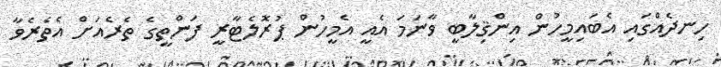
ހިނދެއްގައި އެބައިމީހުން އިންޤިލާބީ ވާނަމަ އެއީ އެމީހުން ޕުރޮލެޓާރީ ފަންތީގެ ތެރެއަށް އެތެރެވާ